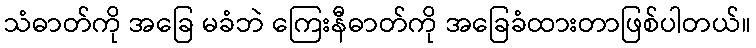
သံဓာတ်ကို အခြေ မခံဘဲ ကြေးနီဓာတ်ကို အခြေခံထားတာဖြစ်ပါတယ်။